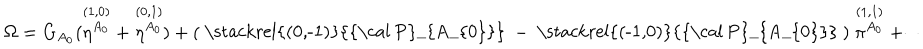
LaTeX: \Omega = G _ { A _ { 0 } } ( \stackrel { ( 1 , 0 ) } { \eta ^ { A _ { 0 } } } + \stackrel { ( 0 , 1 ) } { \eta ^ { A _ { 0 } } } ) + ( { \raise . 5 p t \mathrm { ~ \stackrel { ( 0 , - 1 ) } { { \cal ~ P } _ { A _ { 0 } } } ~ } } - { \raise . 5 p t \mathrm { ~ \stackrel { ( - 1 , 0 ) } { { \cal ~ P } _ { A _ { 0 } } } ~ } } ) \stackrel { ( 1 , 1 ) } { \pi ^ { A _ { 0 } } } + \cdots